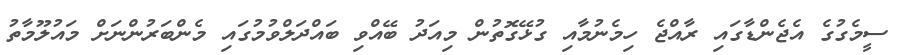
ސީމެގުގެ އެޖެންޑާގައި ރާއްޖެ ހިމެނުމާއި ގުޅޭގޮތުން މިއަދު ބޭއްވި ބައްދަލްވުމުގައި މެންބަރުންނަށް މައުލޫމާތު